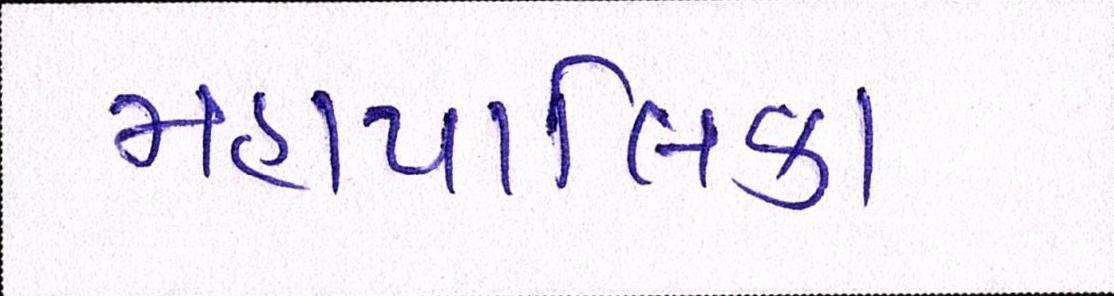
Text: મહાપાલિકા